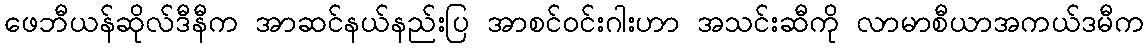
ဖေဘီယန်ဆိုလ်ဒီနီက အာဆင်နယ်နည်းပြ အာစင်ဝင်းဂါးဟာ အသင်းဆီကို လာမာစီယာအကယ်ဒမီက